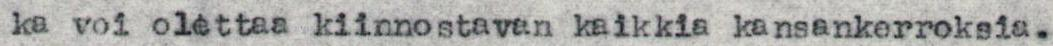
ka voi olettaa kiinnostavan kaikkia kansankerroksia.